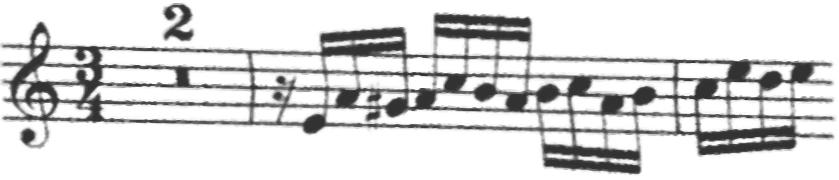
Transcription: clef-G2 timeSignature-3/4 multirest-2 barline rest-sixteenth note-E4_sixteenth note-A4_sixteenth note-G#4_sixteenth note-A4_sixteenth note-C5_sixteenth note-B4_sixteenth note-A4_sixteenth note-B4_sixteenth note-C5_sixteenth note-A4_sixteenth note-B4_sixteenth barline note-C5_sixteenth note-E5_sixteenth note-D5_sixteenth note-E5_sixteenth